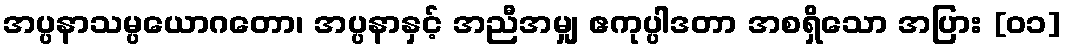
အပ္ပနာသမ္ပယောဂတော၊ အပ္ပနာနှင့် အညီအမျှ ဧကုပ္ပါဒတာ အစရှိသော အပြား [၀၁]